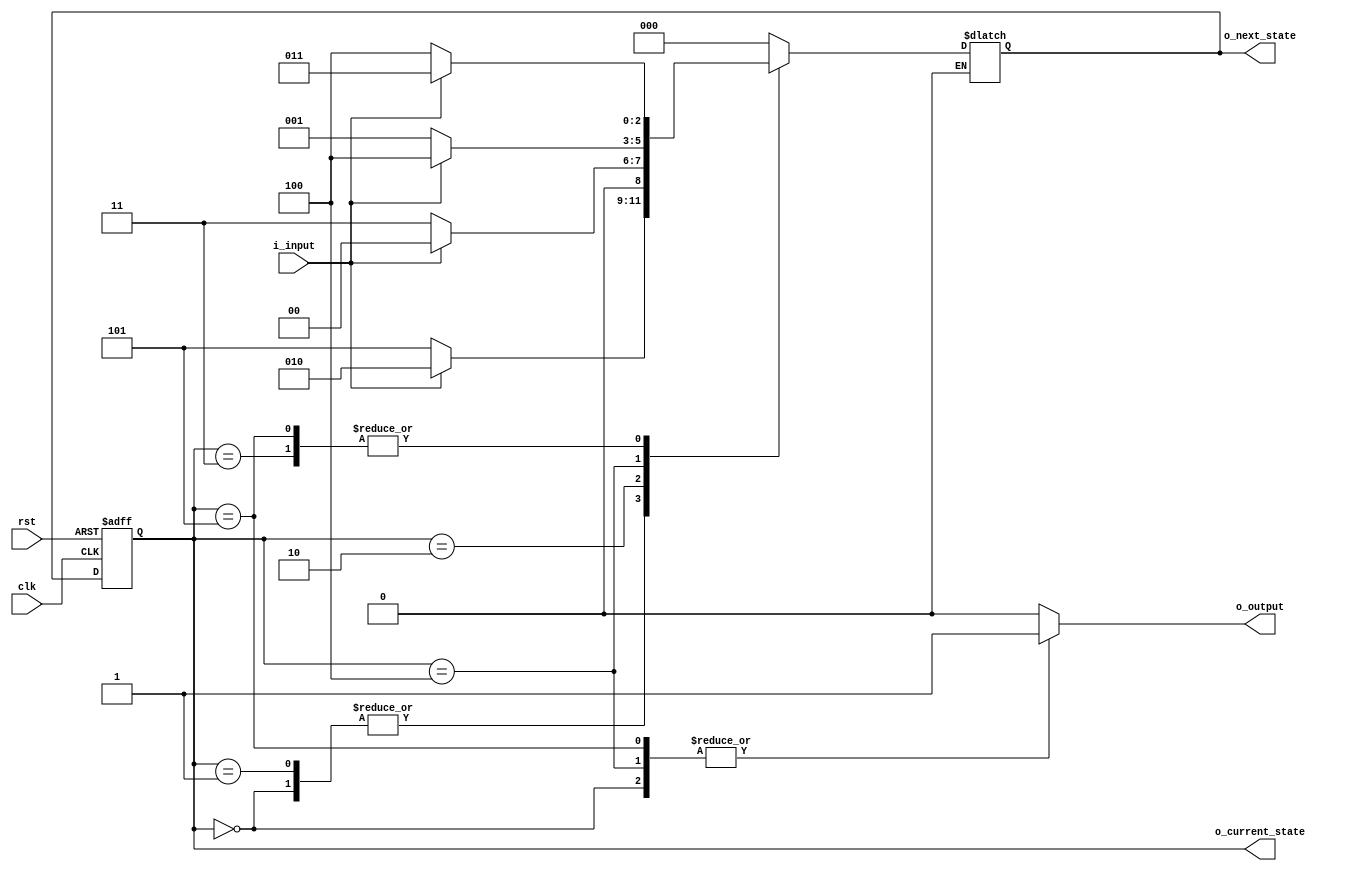
module moore_fsm ( input wire clk,
                   input wire rst,
                   input wire i_input,
                   output reg o_output,
                   output wire [2:0] o_current_state,
                   output wire [2:0] o_next_state
                  );

  reg [2:0] current_state;
  reg [2:0] next_state;

  // Input value enumerations (constants)
  localparam  i_val_a = 1'b0;
  localparam  i_val_b = 1'b1;

  // State assignment (constants)
  localparam  STATE_U = 3'b000;
  localparam  STATE_V = 3'b001;
  localparam  STATE_W = 3'b010;
  localparam  STATE_X = 3'b011;
  localparam  STATE_Y = 3'b100;
  localparam  STATE_Z = 3'b101;

  // Current state s(k) = delay[s(k+1)], where s(k+1) = next state
  always @ ( posedge clk, posedge rst ) begin
    if ( rst == 1'b1 ) begin
      current_state <= 3'b0;
    end else if ( clk == 1'b1) begin
      current_state <= next_state;
    end
  end

  assign o_current_state = current_state;
  assign o_next_state = next_state;

  // Next state s(k+1) = f[i(k), s(k)], where i(k) = current input, s(k) = current state, k = current clock cycle
  always @ ( * ) begin
    case (current_state)
      STATE_U: begin
        if (i_input == i_val_a) begin
          next_state = STATE_Z;
        end else if (i_input == i_val_b) begin
          next_state = STATE_W;
        end
      end

      STATE_V: begin
        if (i_input == i_val_a) begin
          next_state = STATE_Z;
        end else if (i_input == i_val_b) begin
          next_state = STATE_W;
        end
      end

      STATE_W: begin
        if (i_input == i_val_a) begin
          next_state = STATE_X;
        end else if (i_input == i_val_b) begin
          next_state = STATE_U;
        end
      end

      STATE_X: begin
        if (i_input == i_val_a) begin
          next_state = STATE_Y;
        end else if (i_input == i_val_b) begin
          next_state = STATE_X;
        end
      end

      STATE_Y: begin
        if (i_input == i_val_a) begin
          next_state = STATE_V;
        end else if (i_input == i_val_b) begin
          next_state = STATE_Y;
        end
      end

      STATE_Z: begin
        if (i_input == i_val_a) begin
          next_state = STATE_Y;
        end else if (i_input == i_val_b) begin
          next_state = STATE_X;
        end
      end

      default: begin
        // unreachable states. go back to proper state
        next_state = STATE_U;
      end

    endcase
  end

  // Current output O(k) = g[s(k)], where s(k) = current state, k = current clock cycle
  always @ ( * ) begin
    case (current_state)
      STATE_U:  begin
        o_output = 1'b1;
      end

      STATE_V:  begin
        o_output = 1'b0;
      end

      STATE_W:  begin
        o_output = 1'b0;
      end

      STATE_X:  begin
        o_output = 1'b0;
      end

      STATE_Y:  begin
        o_output = 1'b1;
      end

      STATE_Z:  begin
        o_output = 1'b1;
      end

      default:   begin
        // unreachable states
        o_output = 1'b0;
      end
    endcase
  end
endmodule